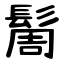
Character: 䯾